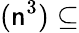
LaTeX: (\mathsf{n}^{3})\subseteq